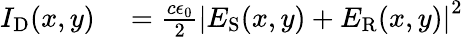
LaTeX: \begin{array}{rl}{I_{\mathrm{D}}(x,y)}&{{}=\frac{c\epsilon_{0}}{2}\left|E_{\mathrm{S}}(x,y)+E_{\mathrm{R}}(x,y)\right|^{2}}\end{array}